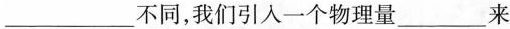
___不同，我们引入一个物理量___来